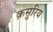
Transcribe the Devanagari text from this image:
क़सुरिय